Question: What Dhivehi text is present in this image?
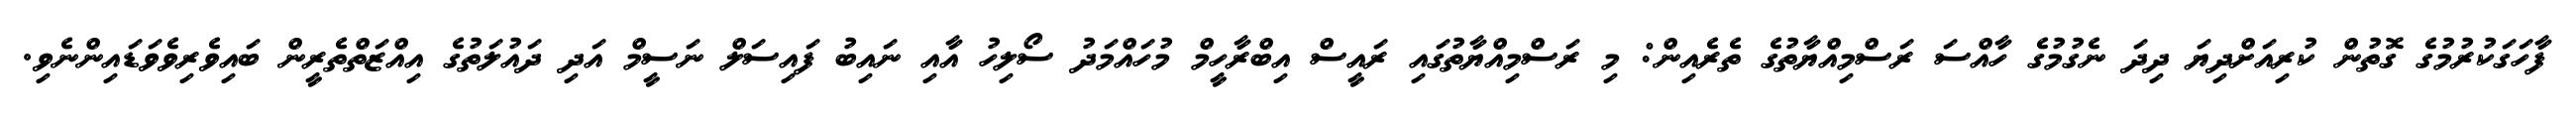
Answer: ފާހަގަކުރުމުގެ ގޮތުން ކުރިއަށްދިޔަ ދިދަ ނެގުމުގެ ހާއްސަ ރަސްމިއްޔާތުގެ ތެރެއިން: މި ރަސްމިއްޔާތުގައި ރައީސް އިބްރާހީމް މުހައްމަދު ސޯލިހު އާއި ނައިބު ފައިސަލް ނަސީމް އަދި ދައުލަތުގެ އިއްޒަތްތެރީން ބައިވެރިވެވަޑައިންނެވި.